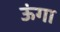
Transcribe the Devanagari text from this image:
ऊंगा